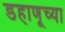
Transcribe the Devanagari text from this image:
डहाणूच्या